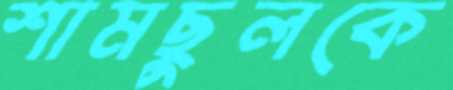
শামছুলকে